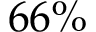
6 6 \%